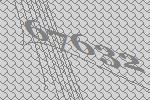
67632